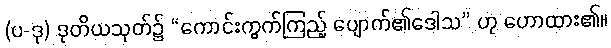
(ပ-ဒု) ဒုတိယသုတ်၌ “ကောင်းကွက်ကြည့် ပျောက်၏ဒေါသ” ဟု ဟောထား၏။